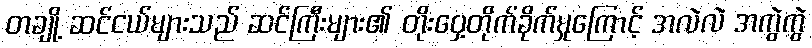
တချို့ ဆင်ငယ်များသည် ဆင်ကြီးများ၏ တိုးဝှေ့တိုက်ခိုက်မှုကြောင့် အလဲလဲ အကွဲကွဲ